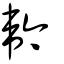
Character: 𩎖